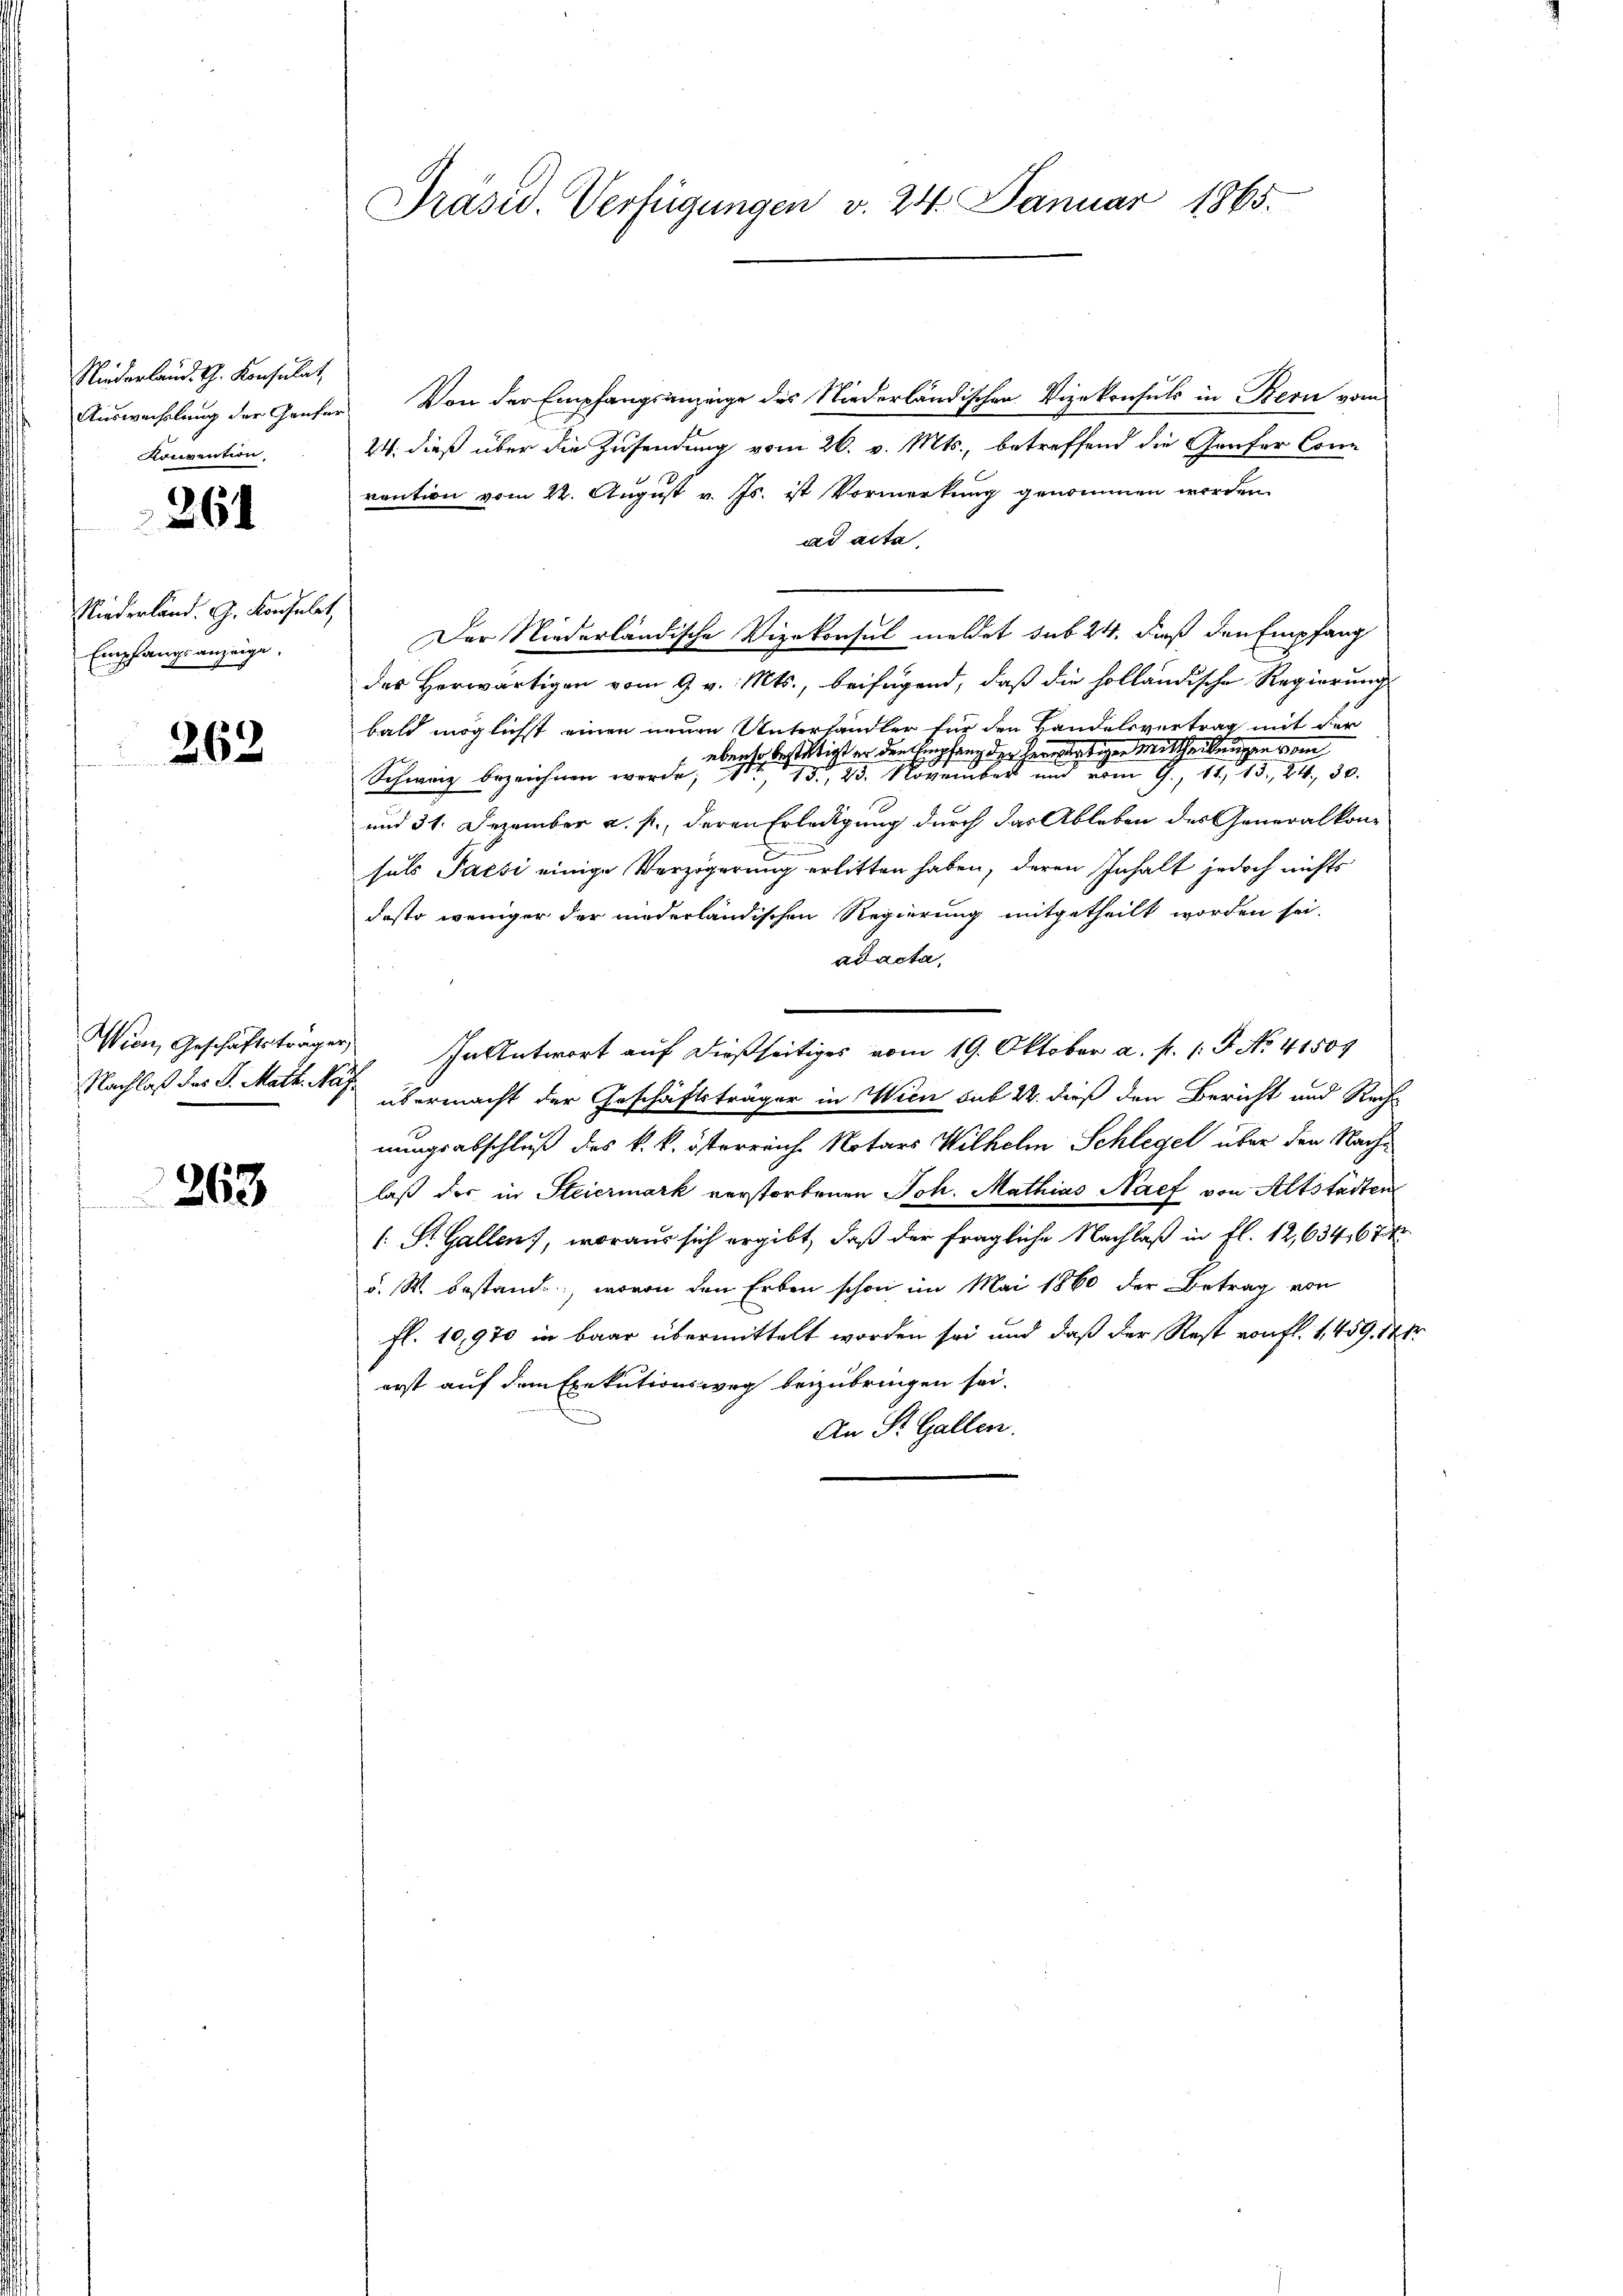
Niederland. Th. Konsulat,
Auswechslung der Genfer
Konvention,

261

Niederland. G. Konsulat
Empfangsanzeige.

262

Wien, Geschäftsträger,

363

Präsid. Verfügungen v. 24. Januar 1865.

Von der Empfangsanzeige des Niederländischen Vizekonsuls in Bern vom
24. dieß über die Zusendung vom 26. v. Mts., betreffend die Genfer Con
vention vom 22. August v. Js. ist Vormerkung genommen werden.
ad acta
Der Niederländische Vizekonsul meldet sub 24. dieß den Empfang
des Herwärtigen vom 9. v. Mts., beifügend, daß die holländische Regierung
bald möglichst einen neuen Unterhändler für den Handelsvertrag mit der
ebenso bestätigt er den Empfang der herwärtigen Mittheilungen eben
Schweiz bezeichnen werde, 113, 23. November und vom 9. 11. 13, 81, 30.
und 31. Dezember a. p., deren Erledigung durch das Ableben des Generalkon-
suls Parsi einige Verzögerung erlitten haben, deren Inhalt jedoch nichts
desto weniger der niederländischen Regierung mitgetheilt worden sei.
ad acta,
 In Antwort auf dießseitiges vom 19. Oktober a. p. 1. J. No. 41509
Nachlaß des S. Matt. es übermacht der Geschäftsträger in Wien sub 22. dieß den Bericht und Rechnungsabschluß des k. k. österreich Notars Wilhelm Schlegel über den Nachlaß der in Steiermark verstorbenen Joh. Mathias Nach von Altstadten
(: St. Gallen, woraus sich ergibt, daß der fragliche Nachlaß in fl. 12,634,67
d. W. bestand, wovon den Erben schon im Mai 1860 der Betrag von
fl. 10,970 in baar übermittelt worden sei und daß der Rest von fl. 1,459. 144
erst auf dem Exekutionsweg beizubringen sei.
An St. Gallen.